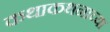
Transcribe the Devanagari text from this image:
कथाकथनाच्या